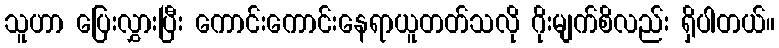
သူဟာ ပြေးလွှားပြီး ကောင်းကောင်းနေရာယူတတ်သလို ဂိုးမျက်စိလည်း ရှိပါတယ်။